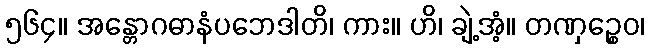
၅၆၄။ အန္တောဂဓာနံပဘေဒါတိ၊ ကား။ ဟိ၊ ချဲ့အံ့။ တဏှဉ္စေဝ၊